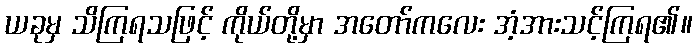
ယခုမှ သိကြရသဖြင့် ကိုယ်တို့မှာ အတော်ကလေး အံ့အားသင့်ကြရ၏။